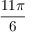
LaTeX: \frac { 1 1 \pi } { 6 }